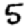
Digit: 5